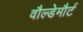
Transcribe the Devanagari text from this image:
वौल्डेमौर्ट